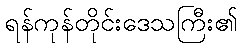
ရန်ကုန်တိုင်းဒေသကြီး၏